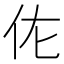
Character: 𬽩